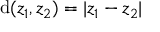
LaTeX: \operatorname { d } ( z _ { 1 } , z _ { 2 } ) = | z _ { 1 } - z _ { 2 } |